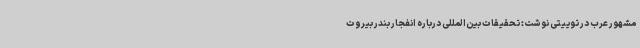
مشهور عرب در توییتی نوشت: تحقیقات بین‌المللی درباره انفجار بندر بیروت